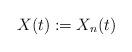
LaTeX: \begin{align*}X(t) := X_n(t)\qquad\end{align*}